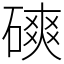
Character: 磢